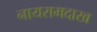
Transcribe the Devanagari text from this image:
नायरामदाख